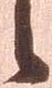
候